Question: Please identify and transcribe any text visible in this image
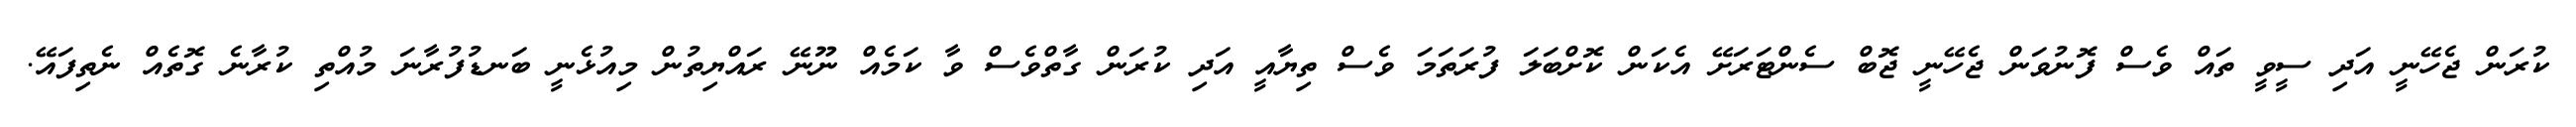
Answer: ކުރަން ޖެހޭނީ އަދި ސީވީ ތައް ވެސް ފޮނުވަން ޖެހޭނީ ޖޮބް ސެންޓަރަށޭ އެކަން ކޮށްބަލަ ފުރަތަމަ ވެސް ތިޔާއީ އަދި ކުރަން ގާތްވެސް ވާ ކަމެއް ނޫނޭ ރައްޔިތުން މިއުޅެނީ ބަނޑުފުރާނަ މުއްތި ކުރާނެ ގޮތެއް ނެތިފައޭ.